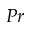
P r